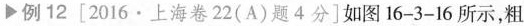
例12 [2016·上海卷22(A)题4分] 如图16-3-16所示，粗